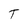
Character: T